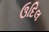
ઉદિલ